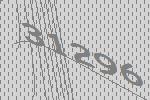
31296